Civil Veterinary Department. Central Provinces & Berar 1932-41 - 1932-1941
Year: 1932
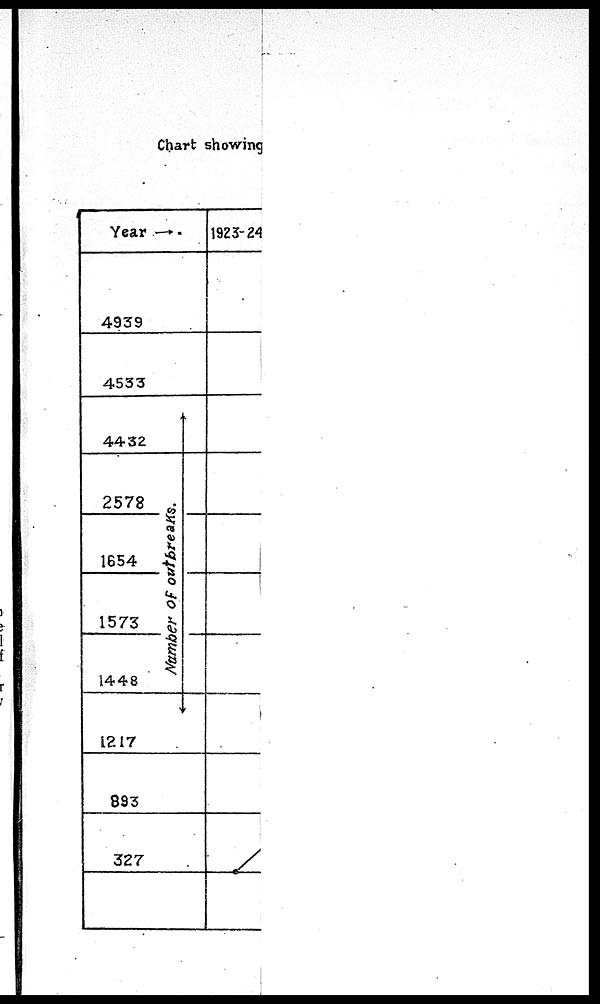
Chart showing